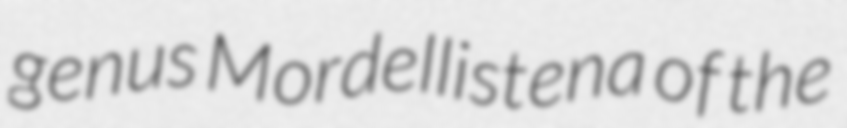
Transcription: genus Mordellistena of the